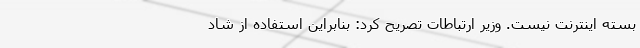
بسته اینترنت نیست. وزیر ارتباطات تصریح کرد: بنابراین استفاده از شاد